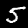
Label: 5